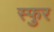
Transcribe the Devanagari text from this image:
स्‍फुर